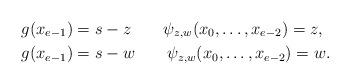
LaTeX: \begin{align*}&g(x_{e-1})=s-z\qquad\psi_{z, w}(x_0, \ldots, x_{e-2})=z,\\&g(x_{e-1})=s-w\qquad\psi_{z, w}(x_0, \ldots, x_{e-2})=w.\end{align*}